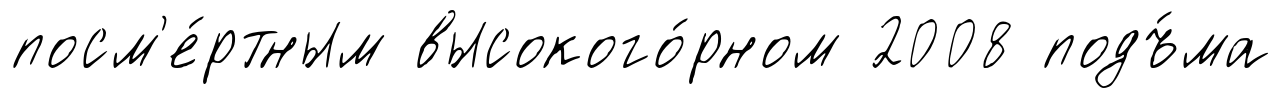
посм'е́ртным высокого́рном 2008 подъ́ма